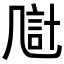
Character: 𪞴